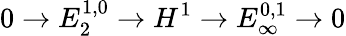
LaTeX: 0\to E_{2}^{1,0}\to H^{1}\to E_{\infty}^{0,1}\to 0